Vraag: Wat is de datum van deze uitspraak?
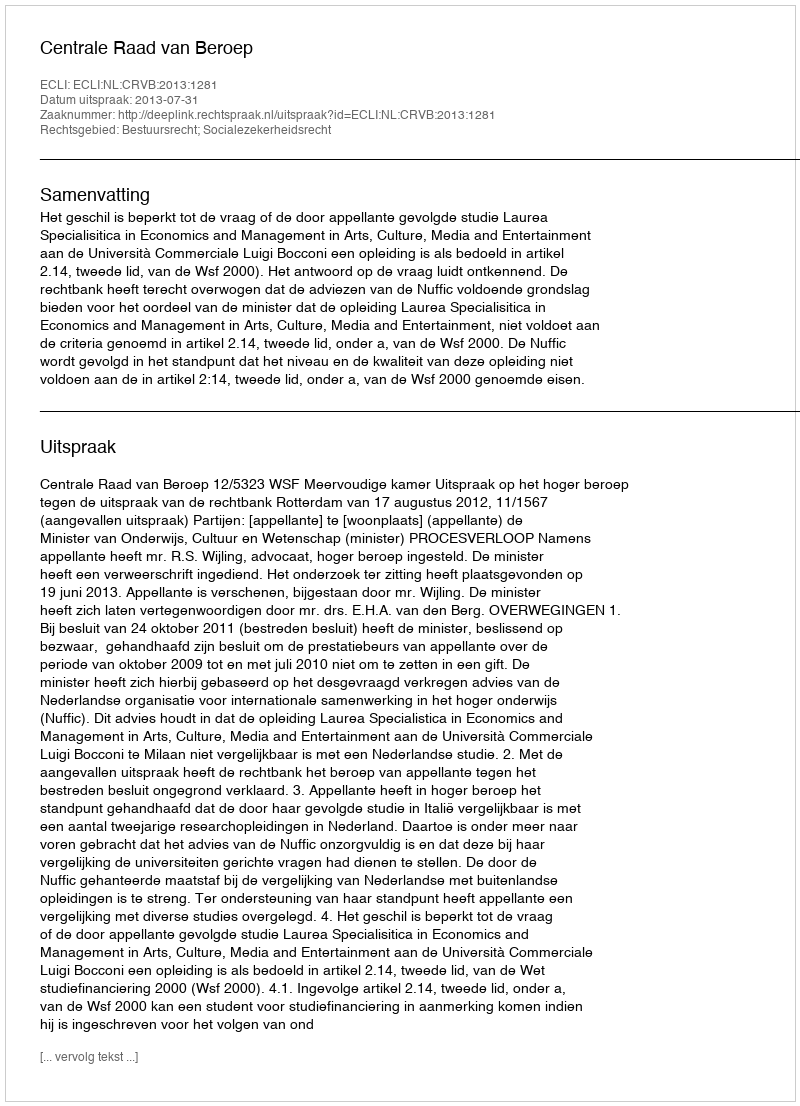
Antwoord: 2013-07-31